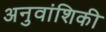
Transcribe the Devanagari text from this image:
अनुवांशिकी